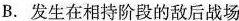
B.发生在相持阶段的敌后战场